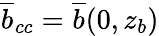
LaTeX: \overline{{b}}_{cc}=\overline{{b}}(0,z_{b})